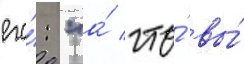
его́: "а́ что́ вы́